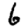
Digit: 6